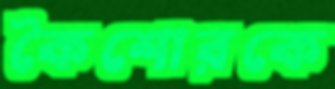
কৈশোরকে